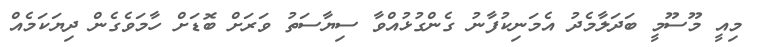
މިއީ މޫސޫމީ ބަދަލާމެދު އެމަނިކުފާނު ގެންގުޅުއްވާ ސިޔާސަތު ވަރަށް ބޮޑަށް ހާމަވެގެން ދިޔަކަމެއް